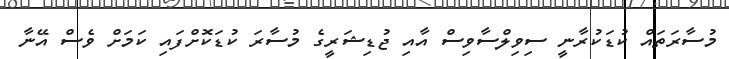
މުސާރަތައް ކުޑަކުރާނީ ސިވިލްސާވިސް އާއި ޖުޑިޝަރީގެ މުސާރަ ކުޑަކޮށްފައި ކަމަށް ވެސް އޭނާ